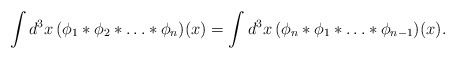
\begin{align*}\int d^3x\,(\phi_1*\phi_2*\ldots*\phi_n)(x)= \int d^3x\,(\phi_n*\phi_1*\ldots*\phi_{n-1})(x).\end{align*}